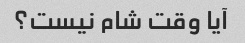
آیا وقت شام نیست؟